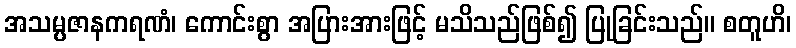
အသမ္ပဇာနကရဏံ၊ ကောင်းစွာ အပြားအားဖြင့် မသိသည်ဖြစ်၍ ပြုခြင်းသည်။ စတူဟိ၊